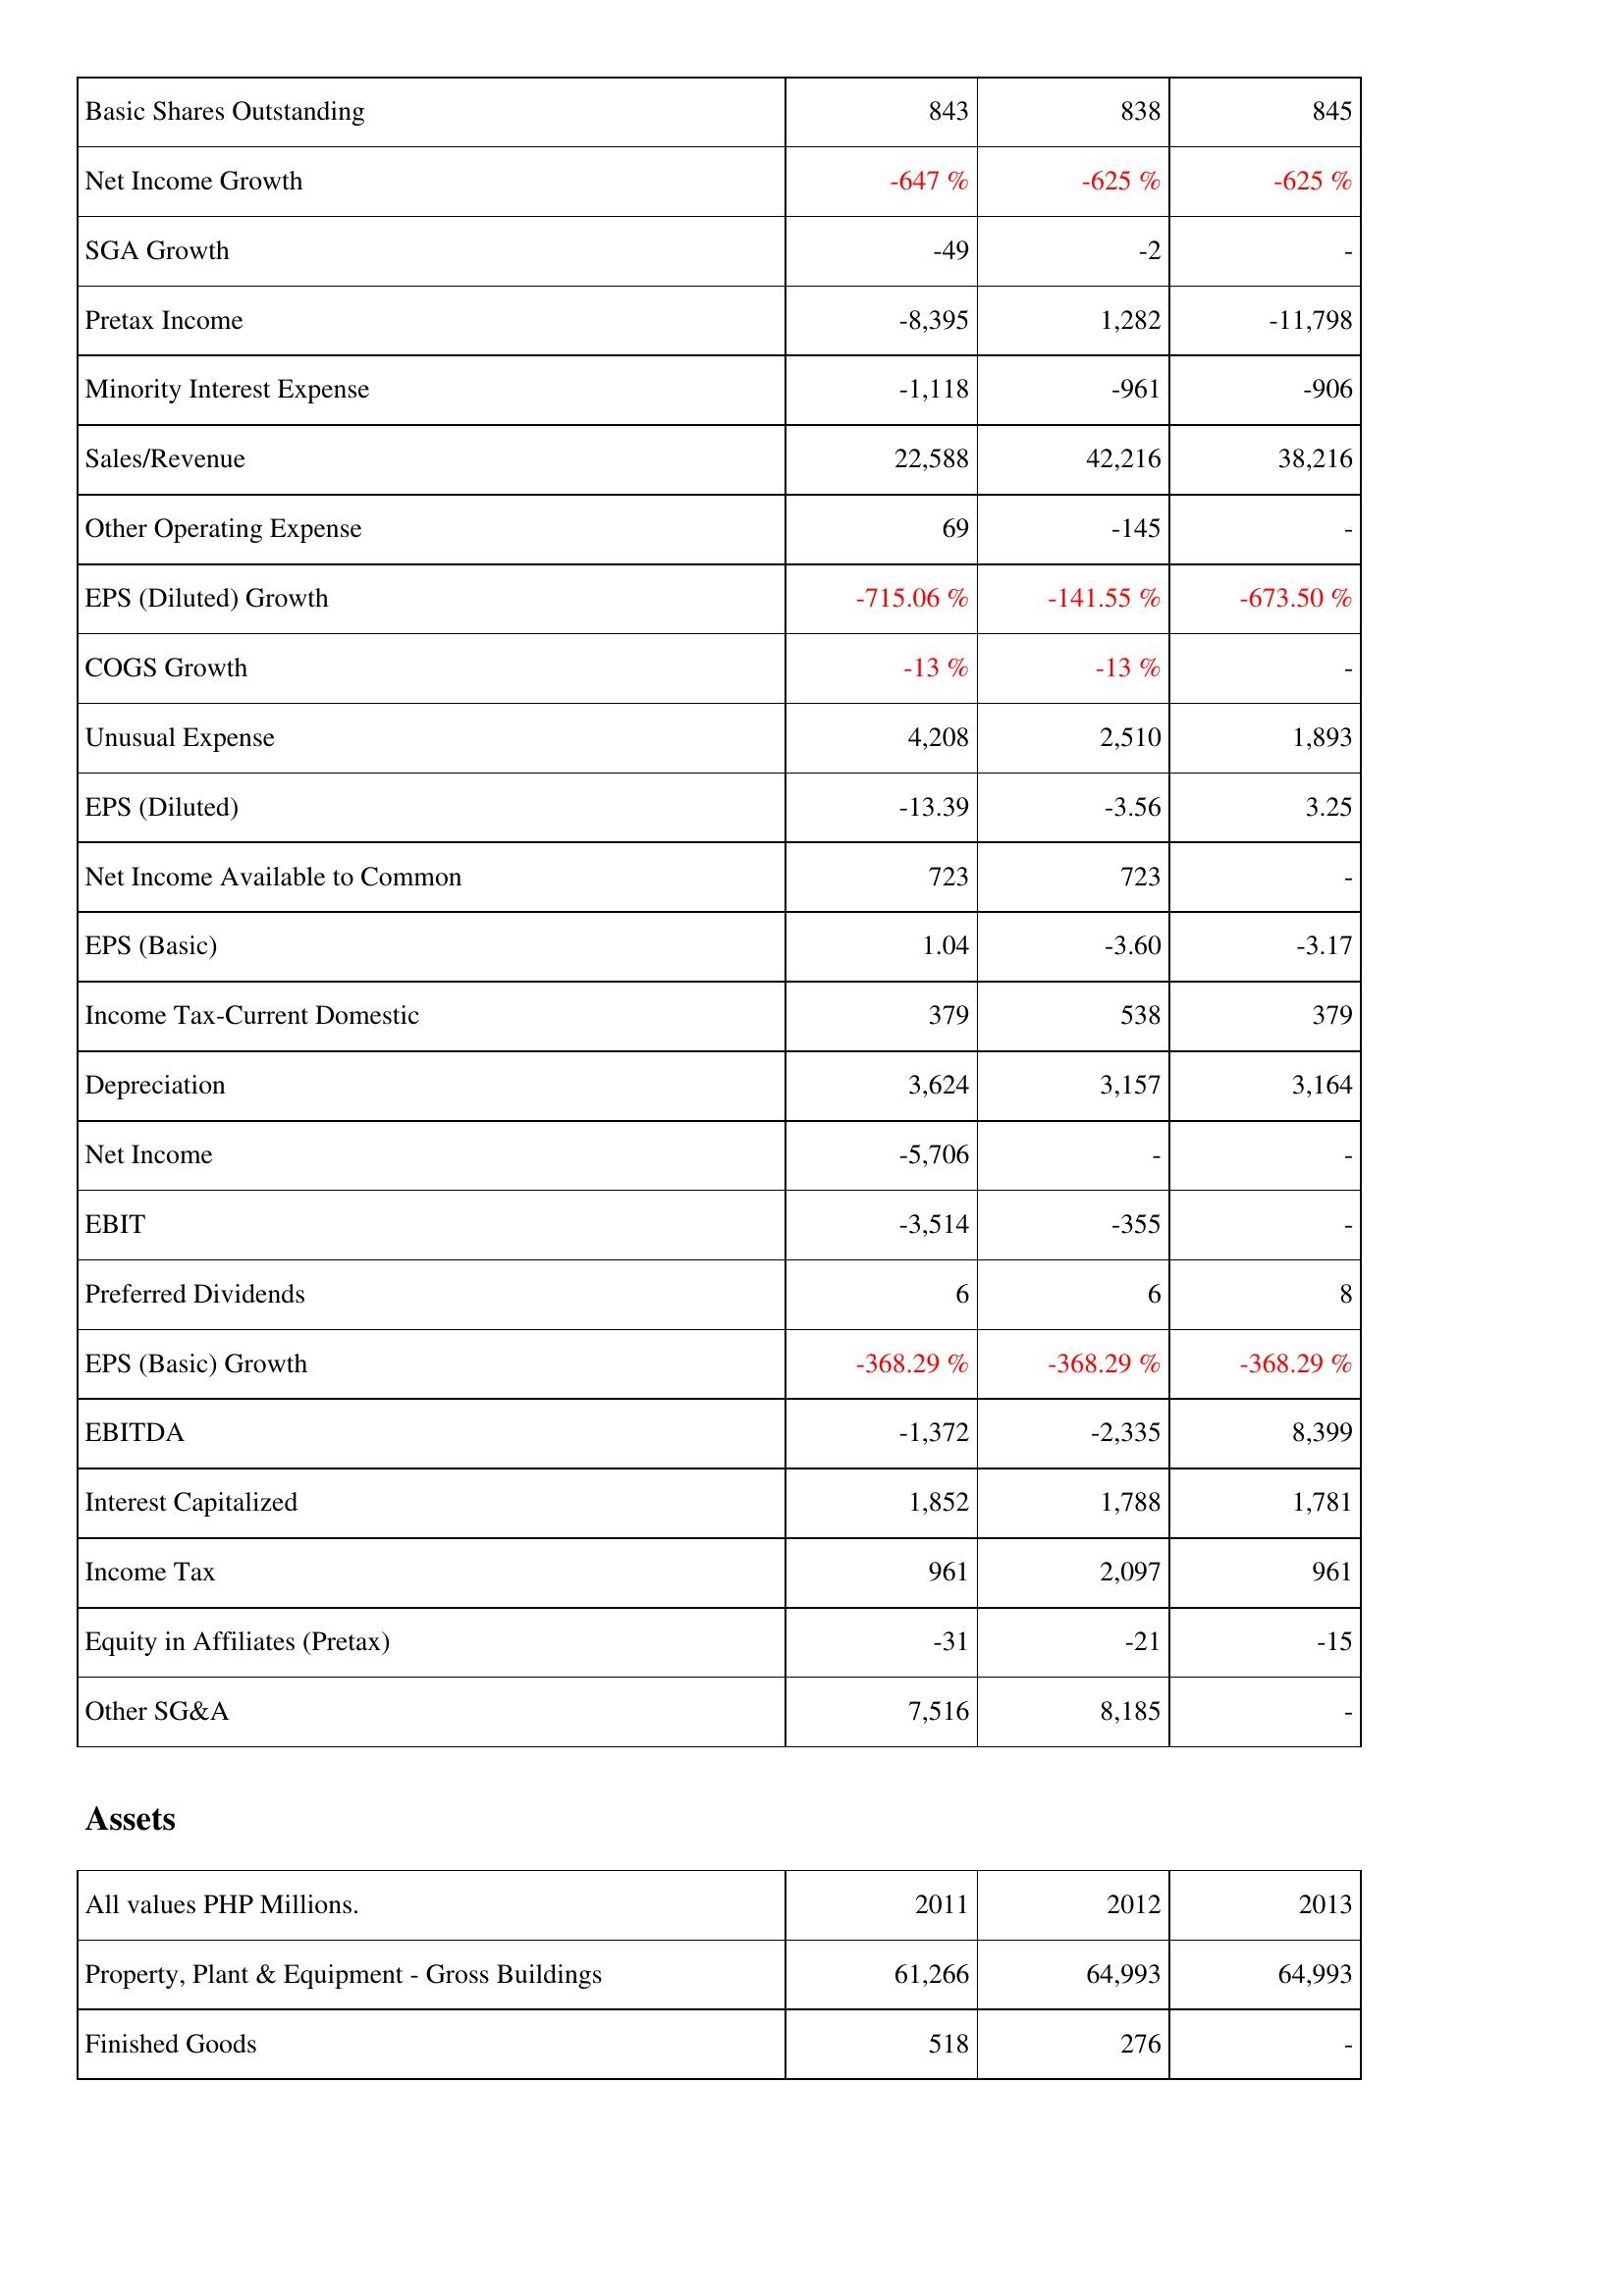
2011: Income Statement: Basic Shares Outstanding: 843
Net Income Growth: -647 %
SGA Growth: -49
Pretax Income: -8,395
Minority Interest Expense: -1,118
Sales/Revenue: 22,588
Other Operating Expense: 69
EPS (Diluted) Growth: -715.06 %
COGS Growth: -13 %
Unusual Expense: 4,208
EPS (Diluted): -13.39
Net Income Available to Common: 723
EPS (Basic): 1.04
Income Tax-Current Domestic: 379
Depreciation: 3,624
Net Income: -5,706
EBIT: -3,514
Preferred Dividends: 6
EPS (Basic) Growth: -368.29 %
EBITDA: -1,372
Interest Capitalized: 1,852
Income Tax: 961
Equity in Affiliates (Pretax): -31
Other SG&A: 7,516
Assets: Property, Plant & Equipment - Gross Buildings: 61,266
Finished Goods: 518
2012: Income Statement: Basic Shares Outstanding: 838
Net Income Growth: -625 %
SGA Growth: -2
Pretax Income: 1,282
Minority Interest Expense: -961
Sales/Revenue: 42,216
Other Operating Expense: -145
EPS (Diluted) Growth: -141.55 %
COGS Growth: -13 %
Unusual Expense: 2,510
EPS (Diluted): -3.56
Net Income Available to Common: 723
EPS (Basic): -3.60
Income Tax-Current Domestic: 538
Depreciation: 3,157
Net Income: -
EBIT: -355
Preferred Dividends: 6
EPS (Basic) Growth: -368.29 %
EBITDA: -2,335
Interest Capitalized: 1,788
Income Tax: 2,097
Equity in Affiliates (Pretax): -21
Other SG&A: 8,185
Assets: Property, Plant & Equipment - Gross Buildings: 64,993
Finished Goods: 276
2013: Income Statement: Basic Shares Outstanding: 845
Net Income Growth: -625 %
SGA Growth: -
Pretax Income: -11,798
Minority Interest Expense: -906
Sales/Revenue: 38,216
Other Operating Expense: -
EPS (Diluted) Growth: -673.50 %
COGS Growth: -
Unusual Expense: 1,893
EPS (Diluted): 3.25
Net Income Available to Common: -
EPS (Basic): -3.17
Income Tax-Current Domestic: 379
Depreciation: 3,164
Net Income: -
EBIT: -
Preferred Dividends: 8
EPS (Basic) Growth: -368.29 %
EBITDA: 8,399
Interest Capitalized: 1,781
Income Tax: 961
Equity in Affiliates (Pretax): -15
Other SG&A: -
Assets: Property, Plant & Equipment - Gross Buildings: 64,993
Finished Goods: -